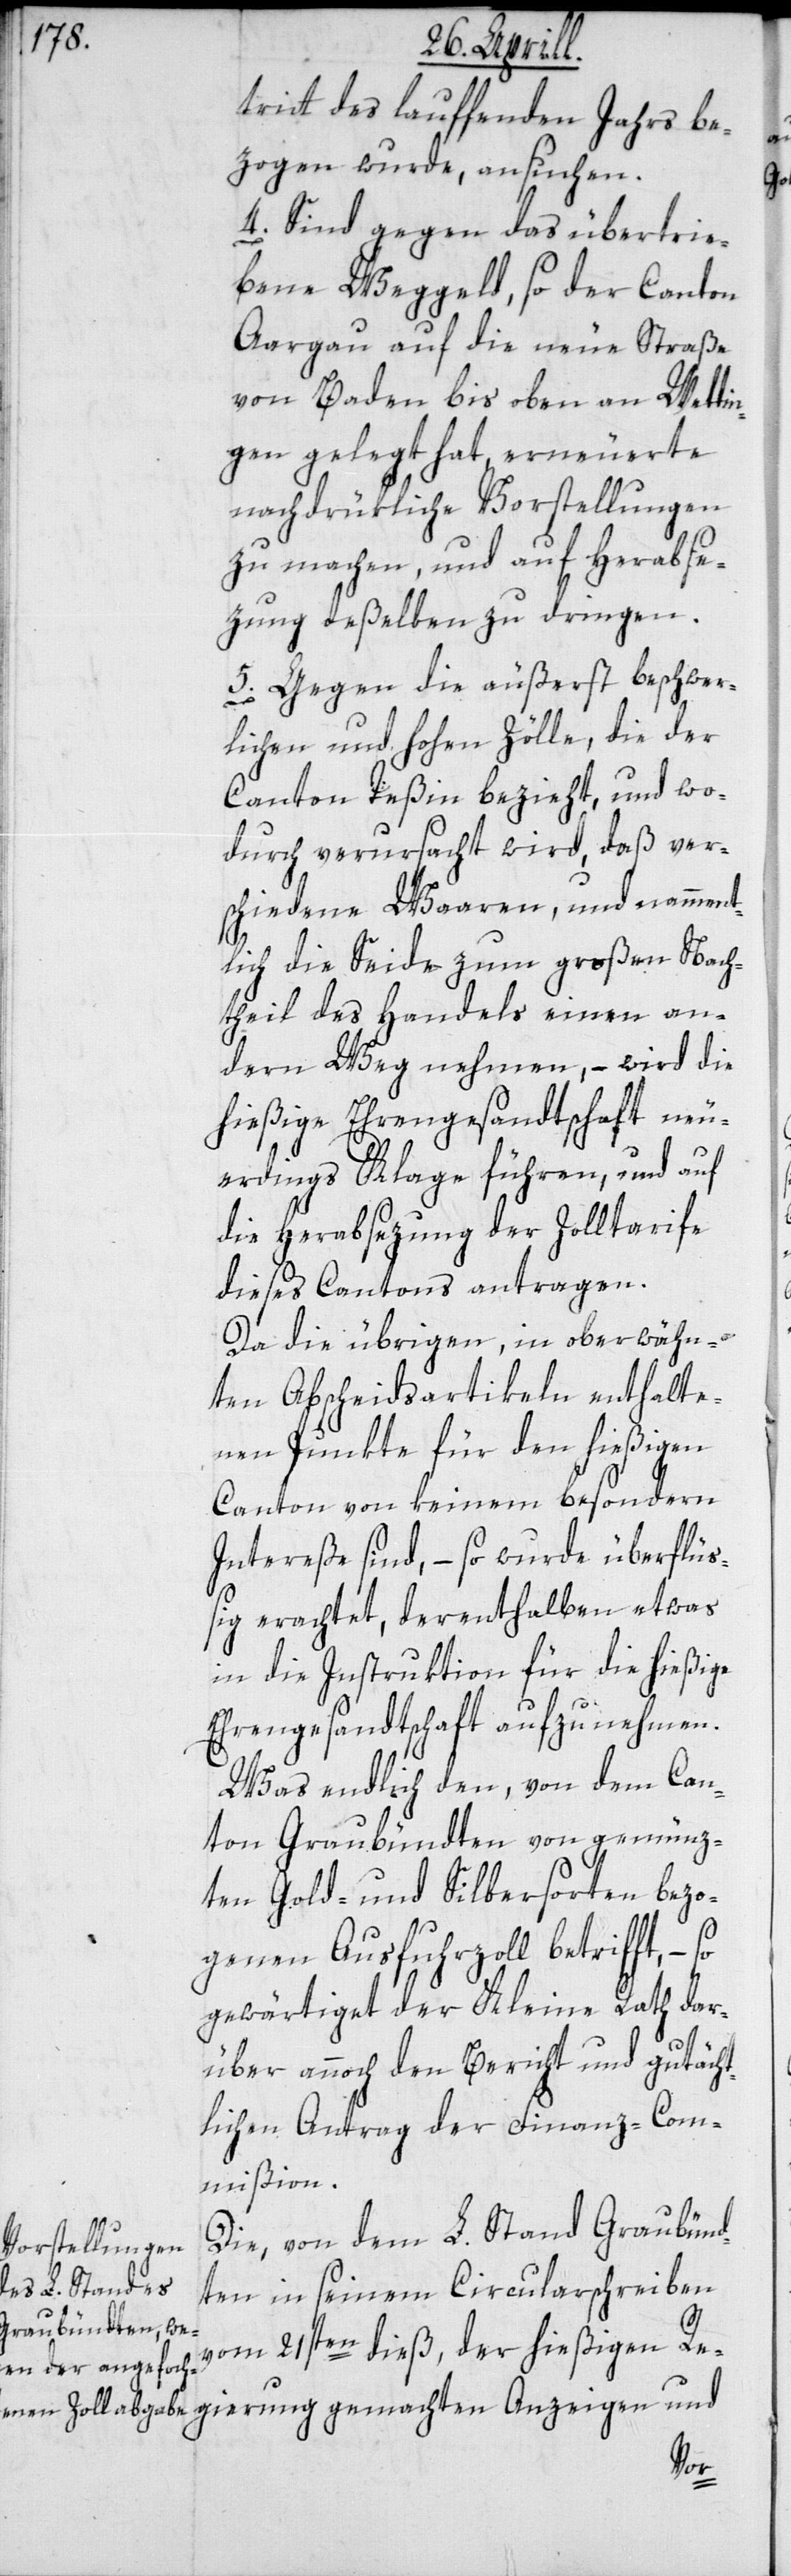
tritt des lauffenden Jahrs be¬
zogen wurde, ansuchen.
4.) Sind gegen das übertrie¬
bene Weggeld, so der Canton
Aargau auf die neue Straße
von Baden bis oben an Wetti¬
ngen gelegt hat, erneuerte
nachdrükliche Vorstellungen
zu machen, und auf Herabse¬
zung deßelben zu dringen.
5.) Gegen die äußerst beschwer¬
lichen und hohen Zölle, die der
Canton Teßin bezieht, und wo¬
durch verursacht wird, daß ver¬
schiedene Waaren und namment¬
lich die Seide zum großen Nach¬
theil des Handels einen an¬
dern Weg nehmen, – wird die
hießige Ehrengesandtschaft neu¬
erdings Klage führen, und auf
die Herabsezung der Zolltarife
dieses Cantons antragen.
Da die übrigen, in oberwähn¬
ten Abscheidsartikeln enthalte¬
nen Punkte für den hießigen
Canton von keinem besondern
Intereße sind, – so wurde überflüß¬
ig erachtet, derenthalben etwas
in die Instruktion für die hießige
Ehrengesandtschaft aufzunehmen.
Was endlich den, von dem Can¬
ton Graubündten von gemünz¬
ten Gold- und Silbersorten bezo¬
genen Ausfuhrzoll betrifft, –
gewärtiget der Kleine Rath dar¬
über annoch den Bericht und gutächt¬
lichen Antrag der Finanz-Com¬
mißion.
Die, von dem L. Stand Graubünd¬
ten in seinem Circularschreiben
vom 21sten dieß, der hießigen Re¬
rung